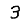
Digit: 3